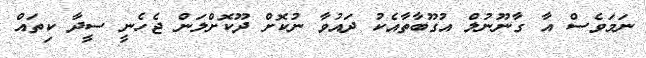
ނަމަވެސް އާ ގާނޫނުލް އުގޫބާތާއެކު ދައުވާ ނުކޮށް ދޫކޮށްލަން ޖެހެނީ ސީދާ ކިތައް